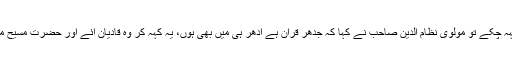
جب مولوی صاحب یہ باتیں کہہ چکے تو مولوی نظام الدین صاحب نے کہا کہ جدھر قرآن ہے اُدھر ہی میں بھی ہوں، یہ کہہ کر وہ قادیان آئے اور حضرت مسیح موعودؑ کے ہاتھ پر بیعت کرلی۔